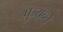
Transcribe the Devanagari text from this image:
पुज्यन्ते